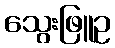
သွေးဖြူဥ